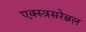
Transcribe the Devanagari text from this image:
एक्स्त्रसरेब्रल